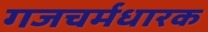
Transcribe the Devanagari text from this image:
गजचर्मधारक